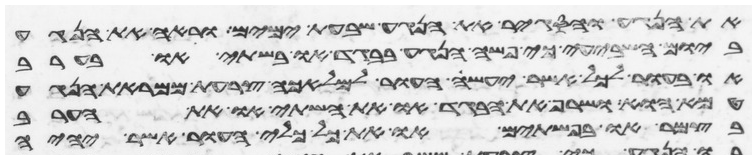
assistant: את הנגע והסגיר את הנגע שבעת ימים וראה את הנגע
ביום השביעי כי פשה הנגע בבגד או בשתי או בערב
או בעור לכל אשר יעשה העור למלאכה צרעת ממראת הנגע
טמא הוא ושרף את הבגד או את השתי או את הערב
בצמר או בפשתים או את כל כלי העור אשר יהיה